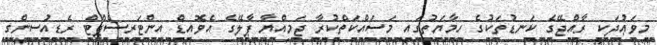
މިވަޢުދަކީ ރާއްޖޭގެ ކަނޑުތަކުގެ ހިމާޔަތުގައި މަސައްކަތްކުރާ ޖަމިއްޔާ ޕާލޭގެ އެވޮއިޑް އިންޓަރސެޕްޓް ރެޑިއުސިންގ